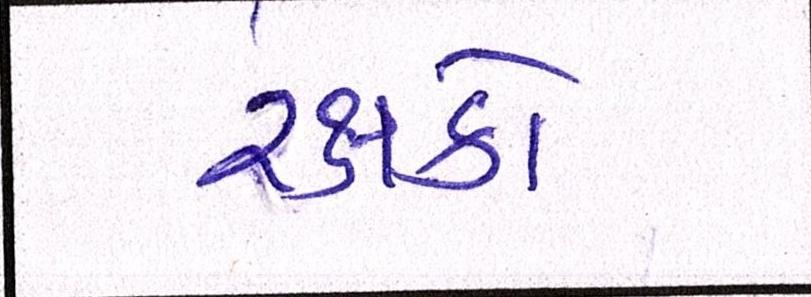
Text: રક્ષકો